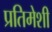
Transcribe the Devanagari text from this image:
प्रतिमेशी